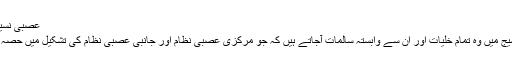
عصبی نسیج [ترمیم]
عصبی نسیج میں وہ تمام خلیات اور ان سے وابستہ سالمات آجاتے ہیں کہ جو مرکزی عصبی نظام اور جانبی عصبی نظام کی تشکیل میں حصہ لیتے ہیں۔